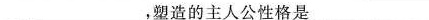
___，塑造的主人公性格是___。